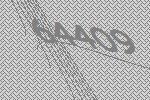
64409